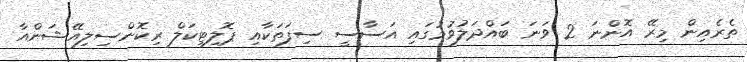
ތެރެއިން މިރޭ އޮންނަ 2 ވަނަ ބައްދަލުވުމުގައި އަސާސީ ސިފަތަކާއި ޕޮލިޓިކަލް ރިކޮންސިލިއޭޝަންއާ